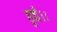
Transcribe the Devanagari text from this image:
हुईं।।